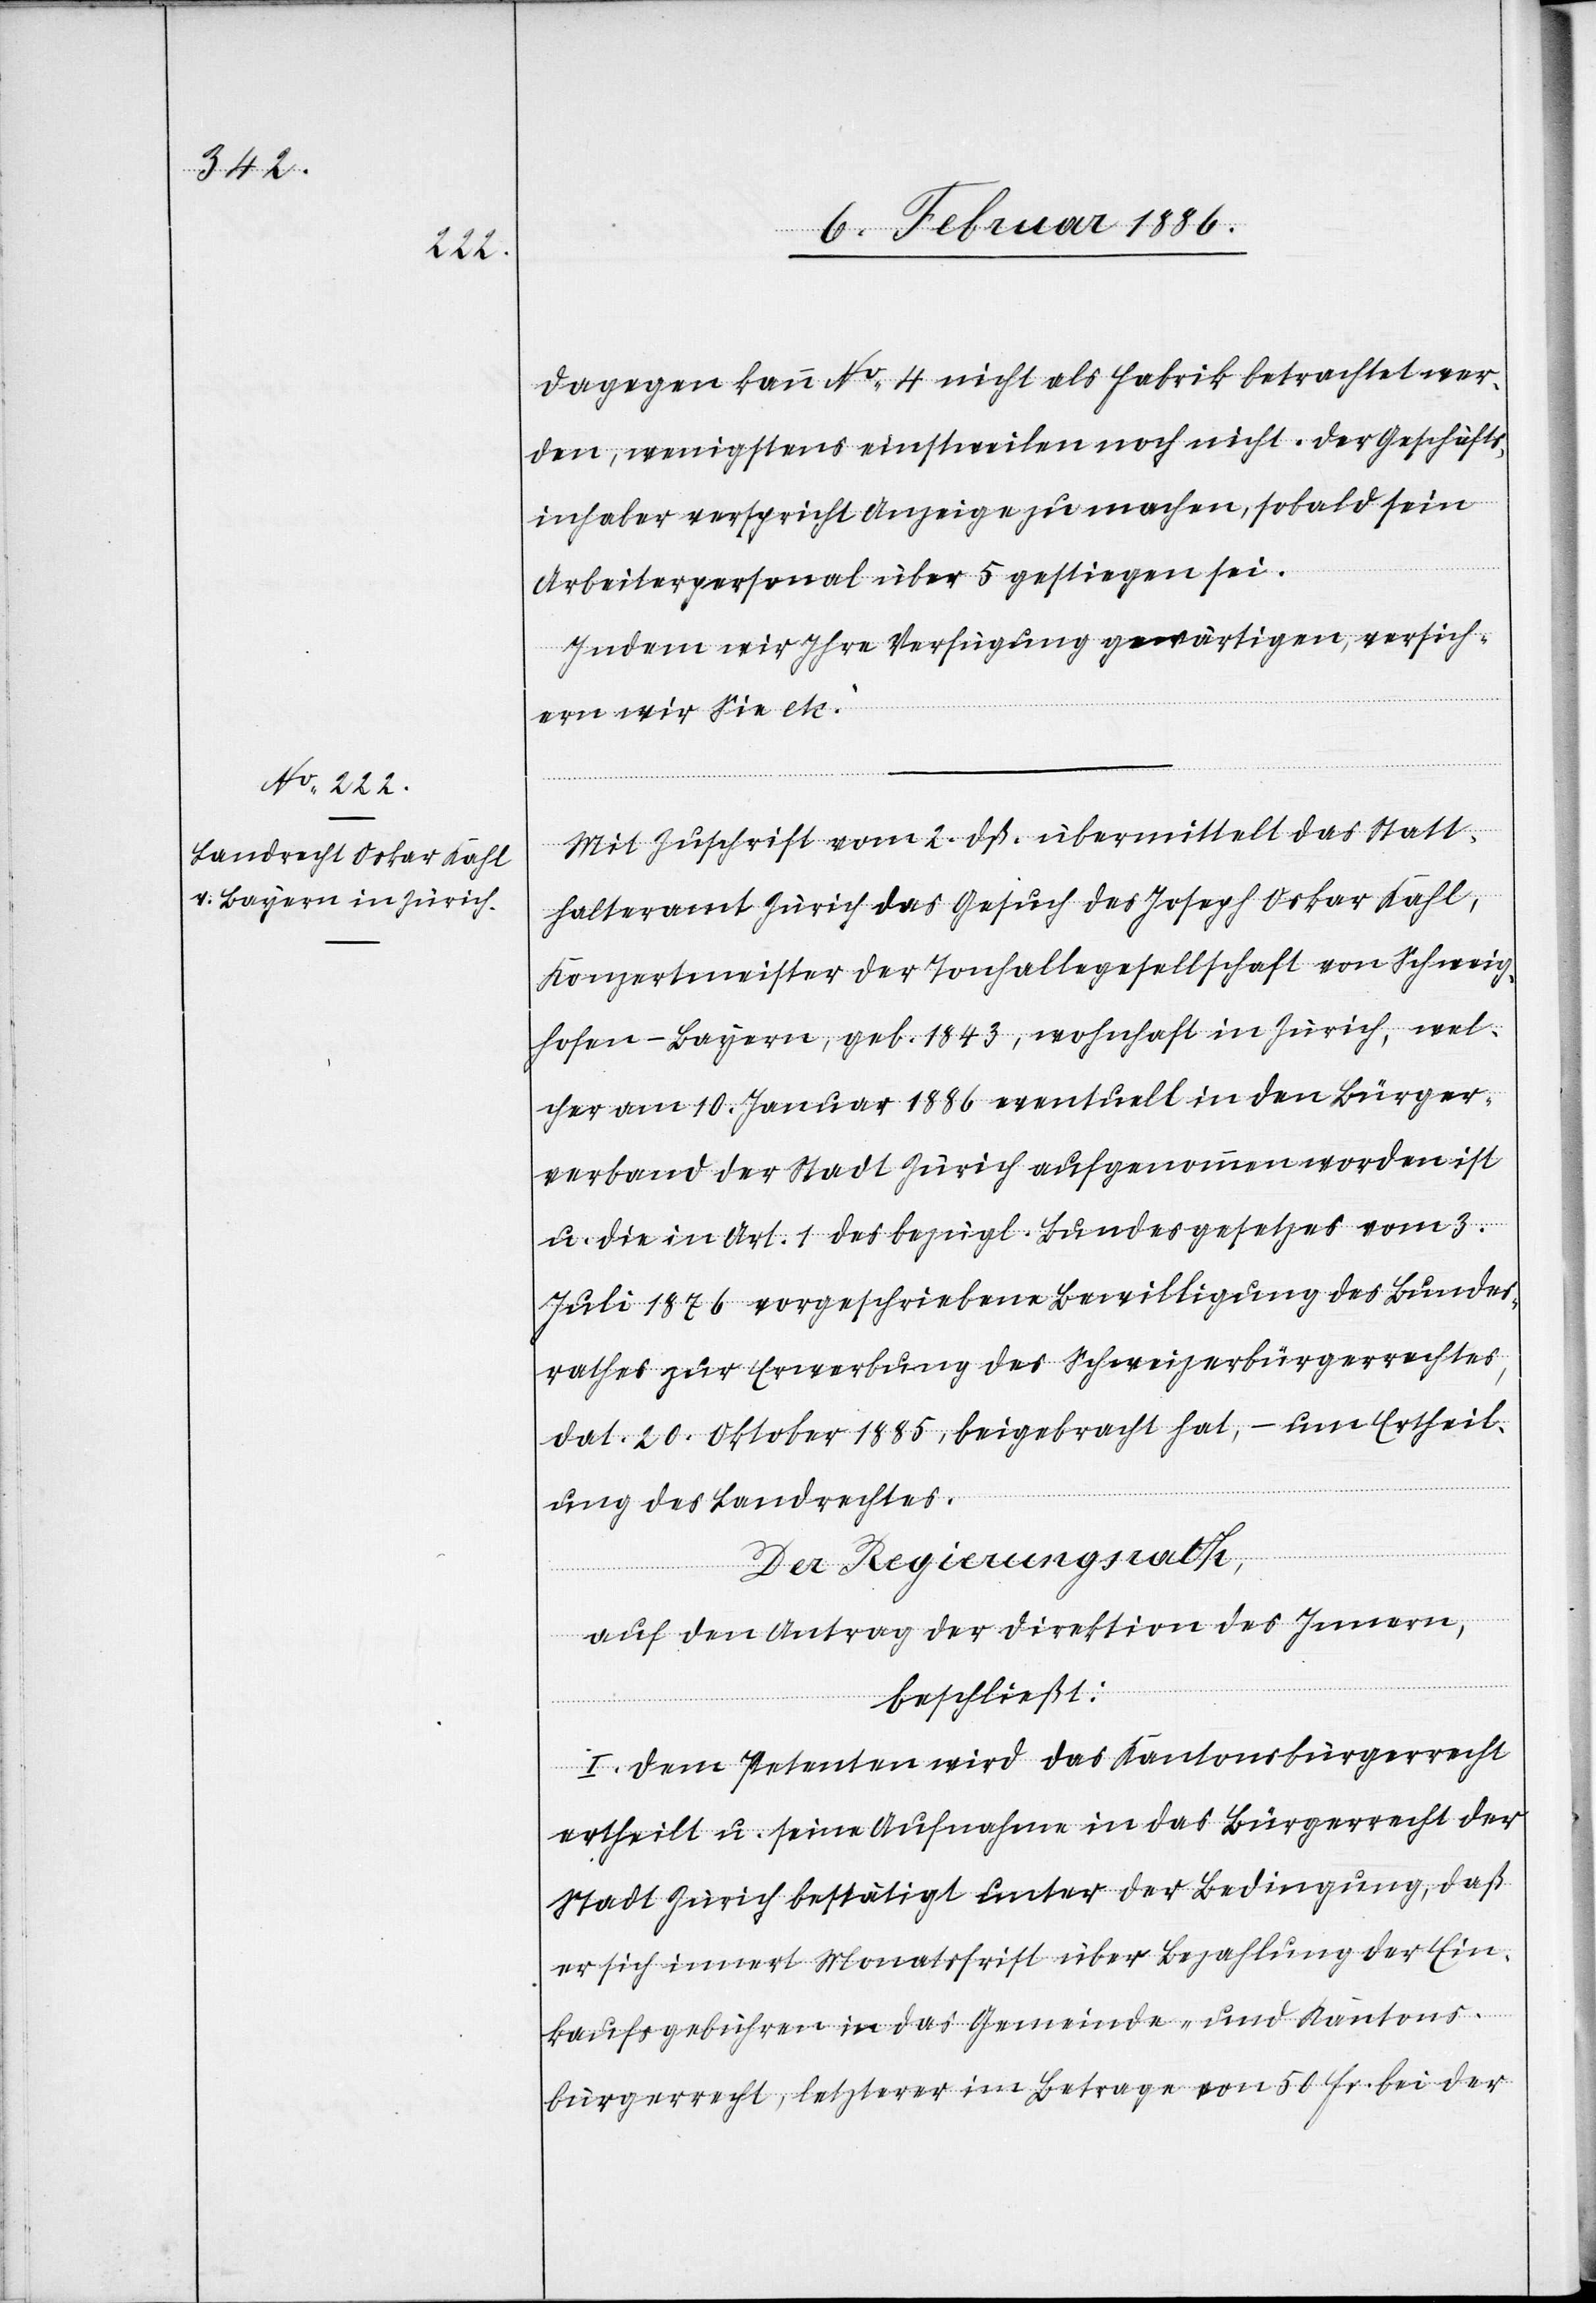
Dagegen kann No 4 nicht als Fabrik betrachtet wer¬
den, wenigstens einstweilen noch nicht. Der Geschäfts¬
inhaber verspricht Anzeige zu machen, sobald sein
Arbeitspersonal über 5 gestiegen sei.
Indem wir Ihre Verfügung gewärtigen, versich¬
ern wir Sie etc.“
Mit Zuschrift vom 2. dß übermittelt das Statt¬
halteramt Zürich das Gesuch des Joseph Oskar Kahl,
Konzertmeister der Tonhallengesellschaft von Schweig¬
hofen - Bayern, geb. 1843, wohnhaft in Zürich, wel¬
cher am 10. Januar 1886 eventuell in den Bürger¬
verband der Stadt Zürich aufgenommen worden ist
u. die in Art. 1 des bezügl. Bundesgesetzes vom 3.
Juli 1876 vorgeschriebene Bewilligung des Bundes¬
rathes zur Erwerbung des Schweizerbürgerrechtes,
dat. 20. Oktober 1885, beigebracht hat, – um Ertheil¬
ung des Landrechtes.
Der Regierungsrath,
auf den Antrag der Direktion des Innern,
beschließt:
I. Dem Petenten wird das Kantonsbürgerrecht
ertheilt u. seine Aufnahme in das Bürgerrecht der
Stadt Zürich bestätigt unter der Bedingung, daß
er sich innert Monatsfrist über Bezahlung der Ein¬
kaufgebühren in das Gemeinde- und Kantons¬
bürgerrecht, letzterer im Betrage von 50 Fr. bei der